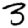
Digit: 3